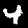
Digit: 4